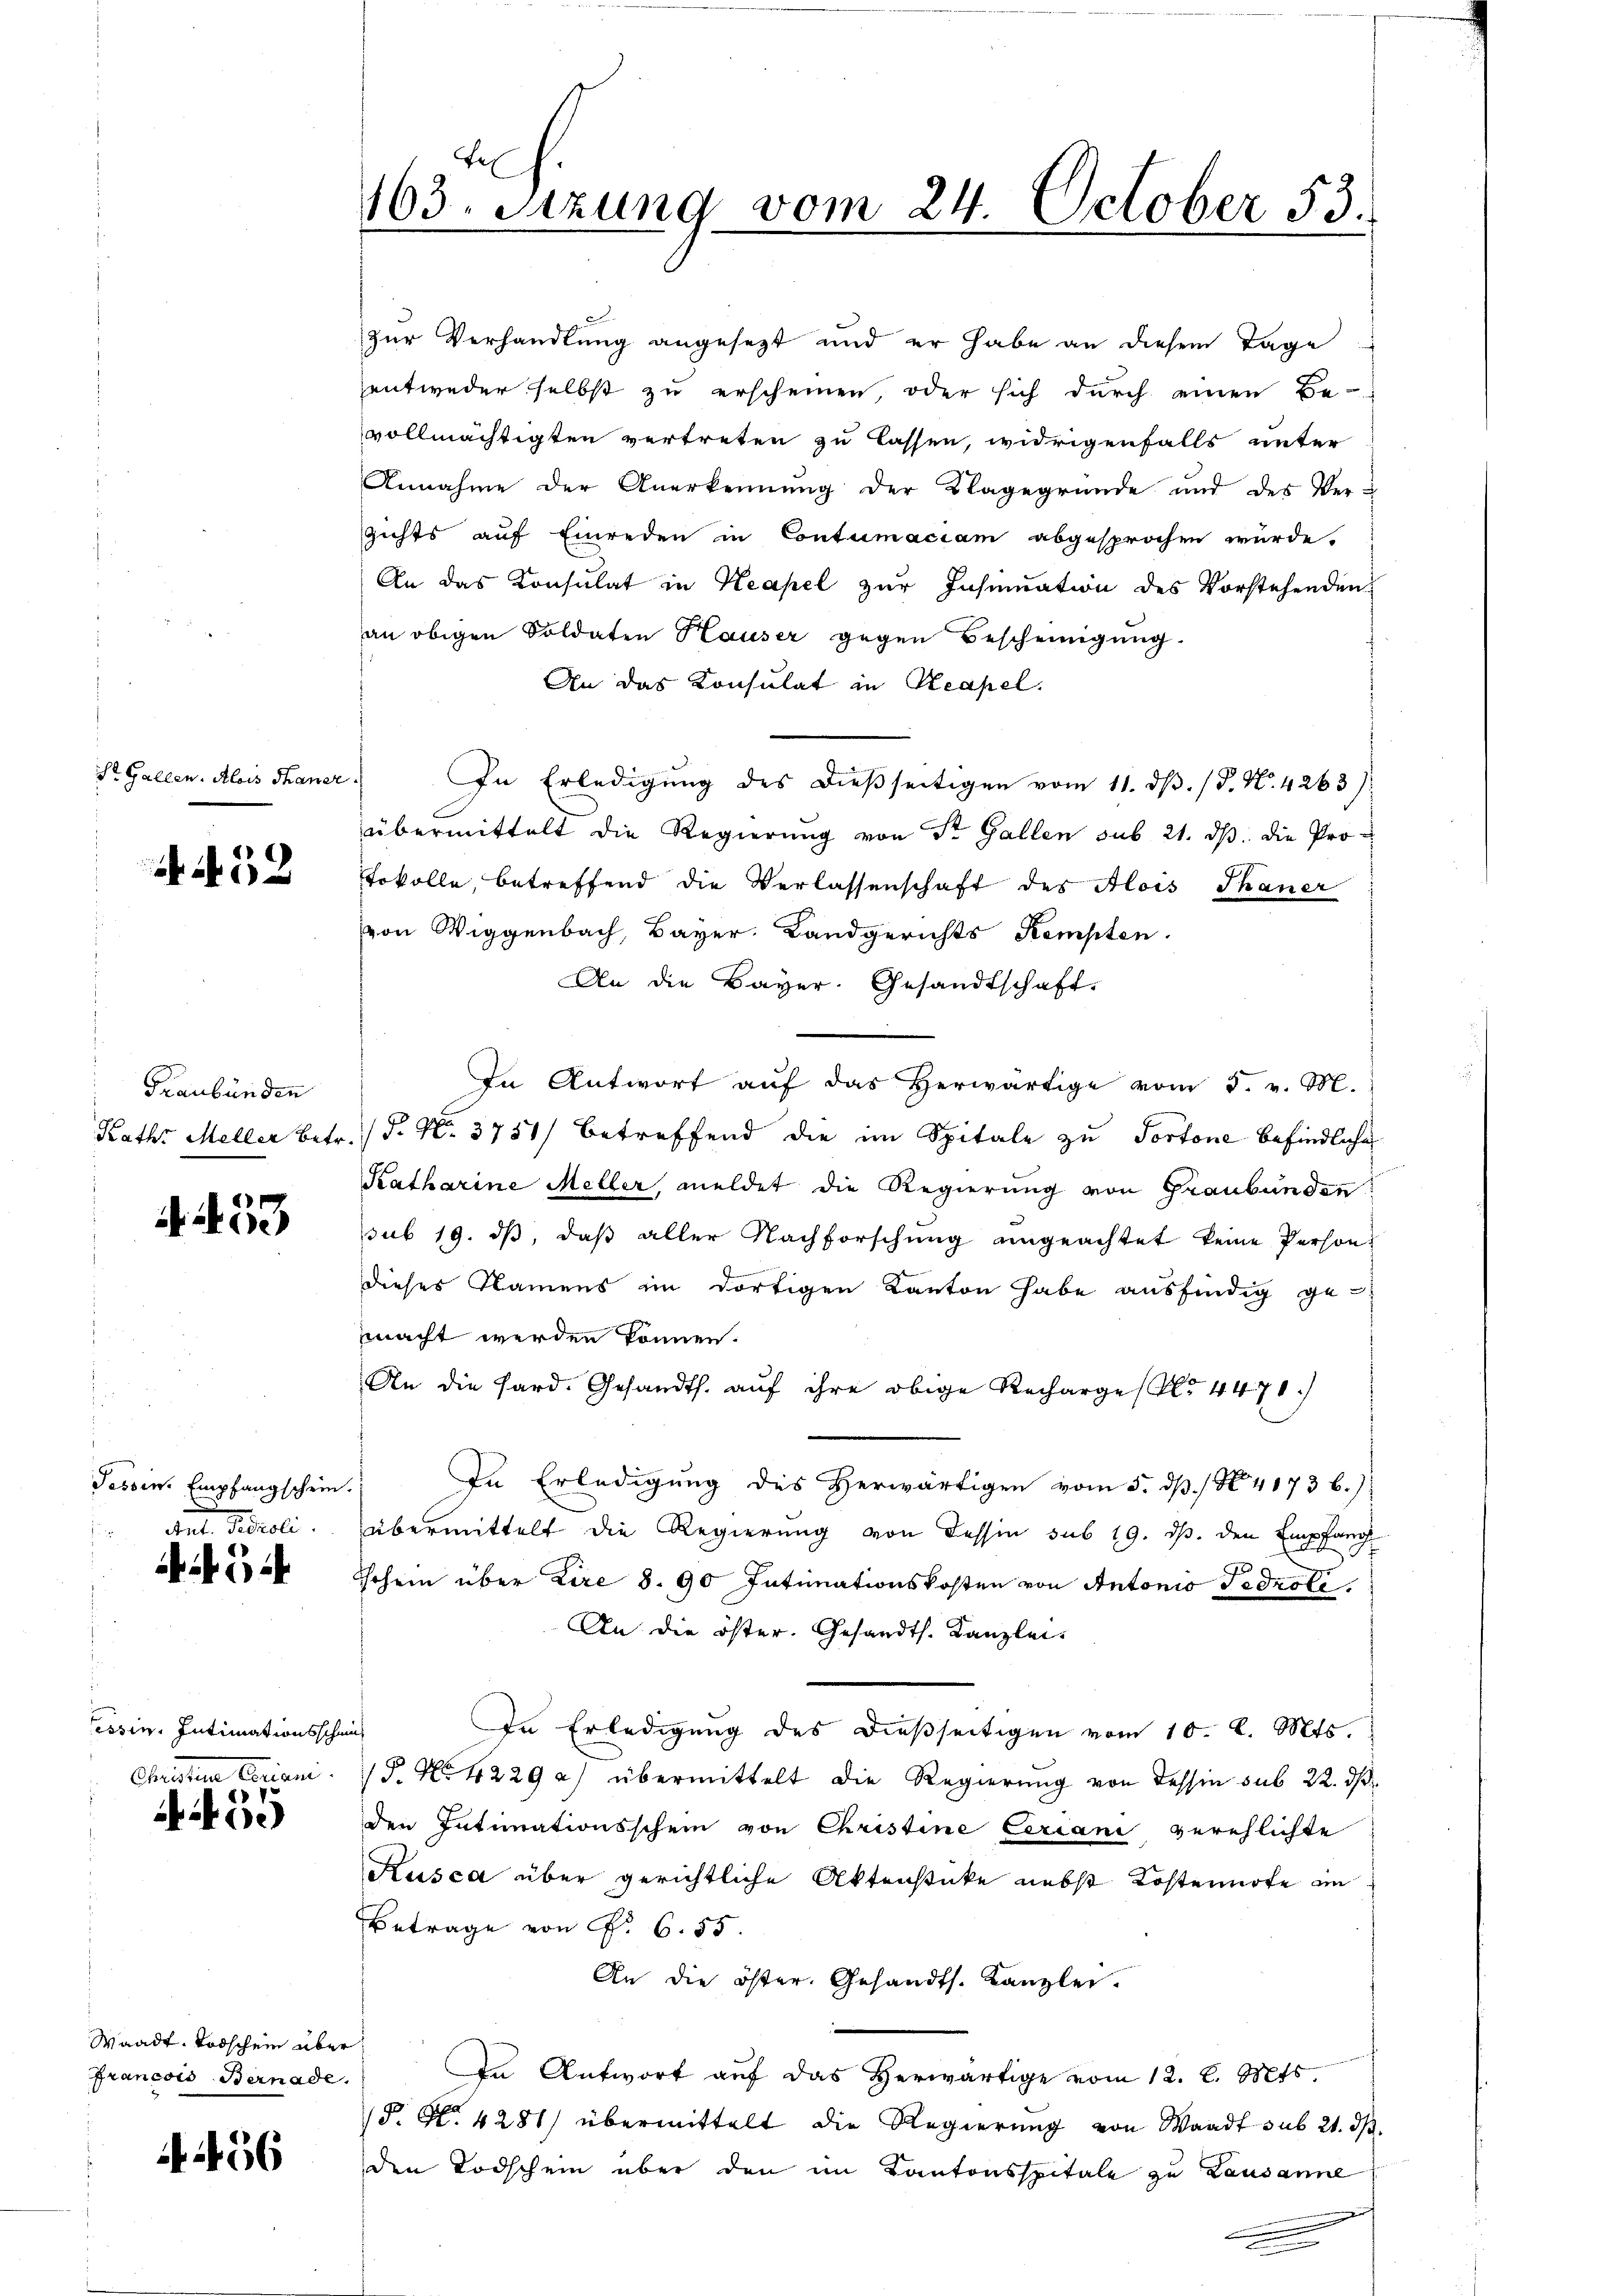
e
163. Sitzung vom 24. October 53.

zur Verhandlung angesezt und er habe an diesem Tage
entweder selbst zu erscheinen, oder sich durch einen Be-
vollmächtigten vertreten zu lassen, widrigenfalls unter
Annahme der Anerkennung der Klagegründe und des Ver-
gichts auf Einreden in Contumaciam abgesprochen würde.
An das Konsulat in Keapel zur Insinuation des Vorstehenden
an obigen Soldaten Hauser gegen Bescheinigung.
An das Konsulat in Keapel.
In Erledigŭng des dießseitigen vom 11. dβ. / P. Nr. 4263):
übermittelt die Regierŭng von St. Gallen sub 21. dβ. die Protokolle, betreffend die Verlassenschaft des Alois Thaner
von Wiggenbach, Bayer. Landgerichts Kempten.
An die Bayer. Gesandtschaft.
In Antwort auf das herwärtige vom 5. v. M.
P. Nr. 3787) betreffend die im Spitale zu Portone befindliche
Katharine Meller, meldet die Regierung von Graubünden
sub 19. ds, daß aller Nachforschung ungeachtet keine Person-
dieses Namens im dortigen Kanton habe ausfindig ge-
macht werden können.
An die Sard. Gesandth. auf ihre obige Recharge (Nr. 4470.
In Erledigung des Herwärtigen vom 5. dß. / N. 4173 b.)
übermittelt die Regierung von Tessin sub 19. ds. den Empfang
7
Hchein über tire 8. 90 Intimationskosten von Antonio Sedrote
An die öster. Gesandts. Kanzlei-
In Erledigung des dießseitigen vom 10. d. Mts.
1. No. 4229a) übermittelt die Regierung von dessin sub 22. ds.
den Intimationsschein von Christine Ceriani verehlichte
Kusca über gerichtliche Aktenstücke nebst Kostennote im
Betrage von Fr. 6. 55.
An die öster. Gesandts. Kanzlei.
In Antwort auf das Herwärtige vom 12. l. Mts
P. Nr. 4281) übermittelt die Regierung von Waadt sub 21. ds.
den Todschein über den im Kantonsspitale zu Lausanne
h

St. Gallen. Alois Thaner

52

Graubünden
Kath. Meller Betr.

. 453

Tessin. Empfangschein.
et. Ferieli.

.

essin, Intimationsschmit
Christen Laien

55

Waadt, Todschein über
Francois Bernade.

56